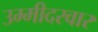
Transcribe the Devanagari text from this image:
उम्मीदरवार